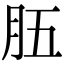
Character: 𦙗